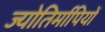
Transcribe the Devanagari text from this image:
ज्योतिर्मापियों